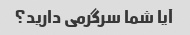
آیا شما سرگرمی دارید؟